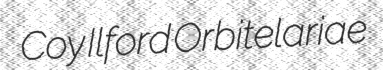
Coy Ilford Orbitelariae